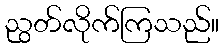
ညွတ်လိုက်ကြသည်။